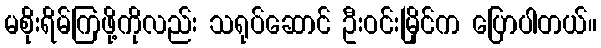
မစိုးရိမ်ကြဖို့ကိုလည်း သရုပ်ဆောင် ဦးဝင်းမြိုင်က ပြောပါတယ်။